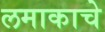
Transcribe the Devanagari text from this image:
लमाकाचे